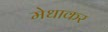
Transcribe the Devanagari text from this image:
मेधाकर